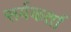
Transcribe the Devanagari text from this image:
सर्वकर्ता